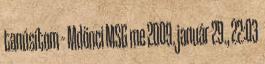
tanúsítom – Mdönci MSG me 2009. január 29., 22:03